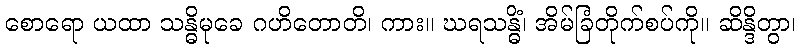
စောရော ယထာ သန္ဓိမုခေ ဂဟိတောတိ၊ ကား။ ဃရသန္ဓိံ၊ အိမ်ခြံတိုက်စပ်ကို။ ဆိန္ဒိတွာ၊